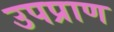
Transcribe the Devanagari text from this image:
उपप्राण